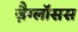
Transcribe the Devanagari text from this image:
ज़ैग्लॉसस